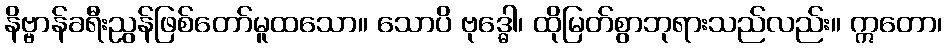
နိဗ္ဗာန်ခရီးညွန်ဖြစ်တော်မူထသော။ သောပိ ဗုဒ္ဓေါ၊ ထိုမြတ်စွာဘုရားသည်လည်း။ ဣတော၊